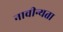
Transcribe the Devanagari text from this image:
नावीन्यता